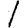
Digit: 1